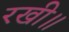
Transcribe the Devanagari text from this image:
रखी॥